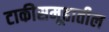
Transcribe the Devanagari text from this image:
टाकीसमूहातील